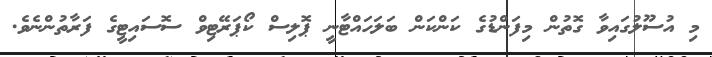
މި އުސޫލުގައިވާ ގޮތުން މިފަންޑުގެ ކަންކަން ބަލަހައްޓާނީ ޕޮލިސް ކޯޕަރޭޓިވް ސޮސައިޓީގެ ފަރާތުންނެވެ.